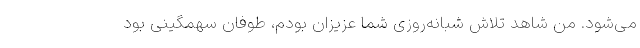
می‌شود. من شاهد تلاش شبانه‌روزی شما عزیزان بودم، طوفان سهمگینی بود